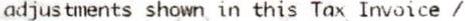
ADJUSTMENTS SHOWN IN THIS TAX INVOICE /